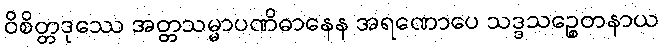
ဝိစိတ္တဒုဿေ အတ္တသမ္မာပဏိဓာနေန အရဏောပေ သဒ္ဒသဉ္စေတနာယ